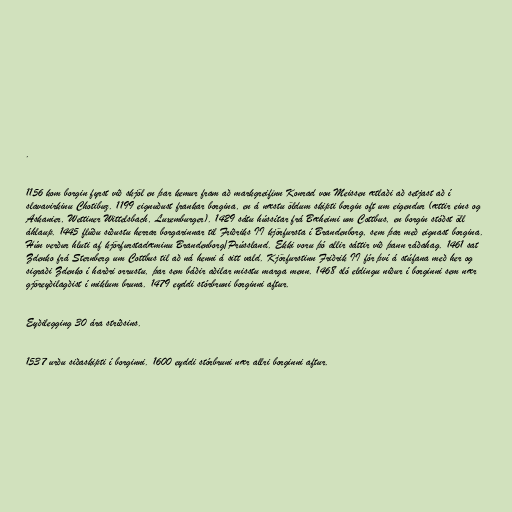
.

1156 kom borgin fyrst við skjöl en þar kemur fram að markgreifinn Konrad von Meissen ætlaði að setjast að í
slavavirkinu Chotibuz. 1199 eignuðust frankar borgina, en á næstu öldum skipti borgin oft um eigendur (ættir eins og
Askanier, Wettiner Wittelsbach, Luxemburger). 1429 sátu hússítar frá Bæheimi um Cottbus, en borgin stóðst öll
áhlaup. 1445 flúðu síðustu herrar borgarinnar til Friðriks II kjörfursta í Brandenborg, sem þar með eignast borgina.
Hún verður hluti af kjörfurstadæminu Brandenborg/Prússland. Ekki voru þó allir sáttir við þann ráðahag. 1461 sat
Zdenko frá Sternberg um Cottbus til að ná henni á sitt vald. Kjörfurstinn Friðrik II fór því á stúfana með her og
sigraði Zdenko í harðri orrustu, þar sem báðir aðilar misstu marga menn. 1468 sló eldingu niður í borginni sem nær
gjöreyðilagðist í miklum bruna. 1479 eyddi stórbruni borginni aftur.

Eyðilegging 30 ára stríðsins.

1537 urðu siðaskipti í borginni. 1600 eyddi stórbruni nær allri borginni aftur.